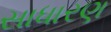
સાધારણ